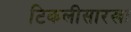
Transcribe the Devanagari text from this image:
टिकलीसारखा